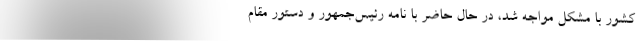
کشور با مشکل مواجه شد، در حال حاضر با نامه رئیس‌جمهور و دستور مقام